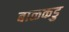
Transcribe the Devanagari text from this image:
बाळकडु